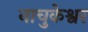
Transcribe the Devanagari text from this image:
नाचुकेश्वर